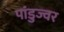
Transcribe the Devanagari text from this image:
पांडुज्वर